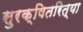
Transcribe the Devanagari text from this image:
सुरक्षितरित्या